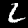
Label: 2